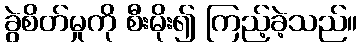
ခွဲစိတ်မှုကို စီးမိုး၍ ကြည့်ခဲ့သည်။